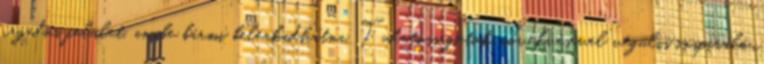
ragadós felület, amibe bármi beleakadhatna. Tudatosságotok növekvésével végülis inspiráló